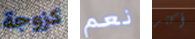
كزوجة نعم أكثر